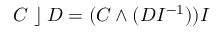
C \; \rfloor \; D = ( C \wedge ( D I ^ { - 1 } ) ) I